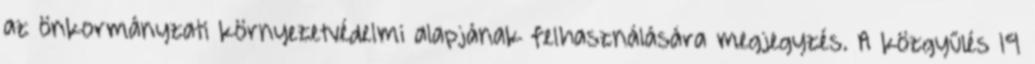
az önkormányzati környezetvédelmi alapjának felhasználására megjegyzés. A közgyűlés 19